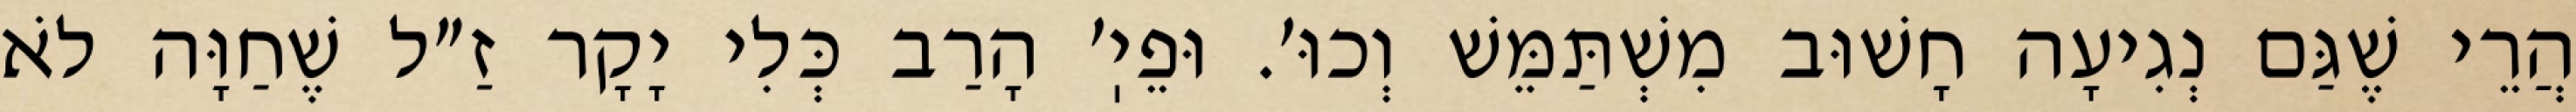
הֲרֵי שֶׁגַּם נְגִיעָה חָשׁוּב מִשְׁתַּמֵּשׁ וְכוּ׳. וּפֵיֽ׳ הָרַב כְּלִי יָקָר זַ״ל שֶׁחַוָּה לֹא